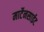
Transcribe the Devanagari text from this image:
मार्टेनसाईट